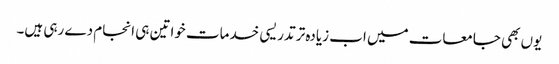
یوں بھی جامعات میں اب زیادہ تر تدریسی خدمات خواتین ہی انجام دے رہی ہیں۔